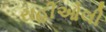
રાહીઓલી